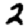
Digit: 2